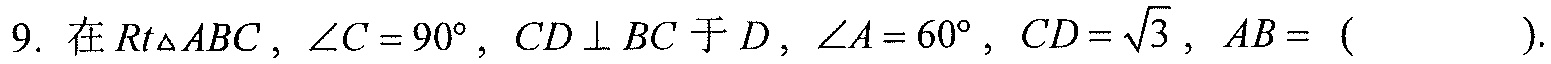
9. 在\(Rt\triangle ABC\)，\(\angle C = 90^{\circ}\)，\(CD\perp BC\)于\(D\)，\(\angle A = 60^{\circ}\)，\(CD=\sqrt{3}\)，\(AB = (\ \ \ \ \ \ \ \ )\).